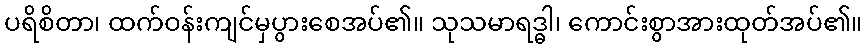
ပရိစိတာ၊ ထက်ဝန်းကျင်မှပွားစေအပ်၏။ သုသမာရဒ္ဓါ၊ ကောင်းစွာအားထုတ်အပ်၏။